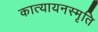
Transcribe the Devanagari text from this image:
कात्यायनस्मृति